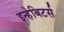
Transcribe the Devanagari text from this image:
इन्हेबिटर्स